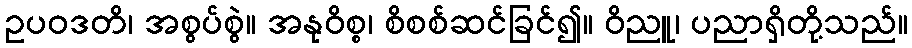
ဥပဝဒတိ၊ အစွပ်စွဲ။ အနုဝိစ္စ၊ စိစစ်ဆင်ခြင်၍။ ဝိညူ၊ ပညာရှိတို့သည်။